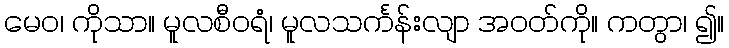
မေဝ၊ ကိုသာ။ မူလစီဝရံ၊ မူလသင်္ကန်းလျာ အဝတ်ကို။ ကတွာ၊ ၍။